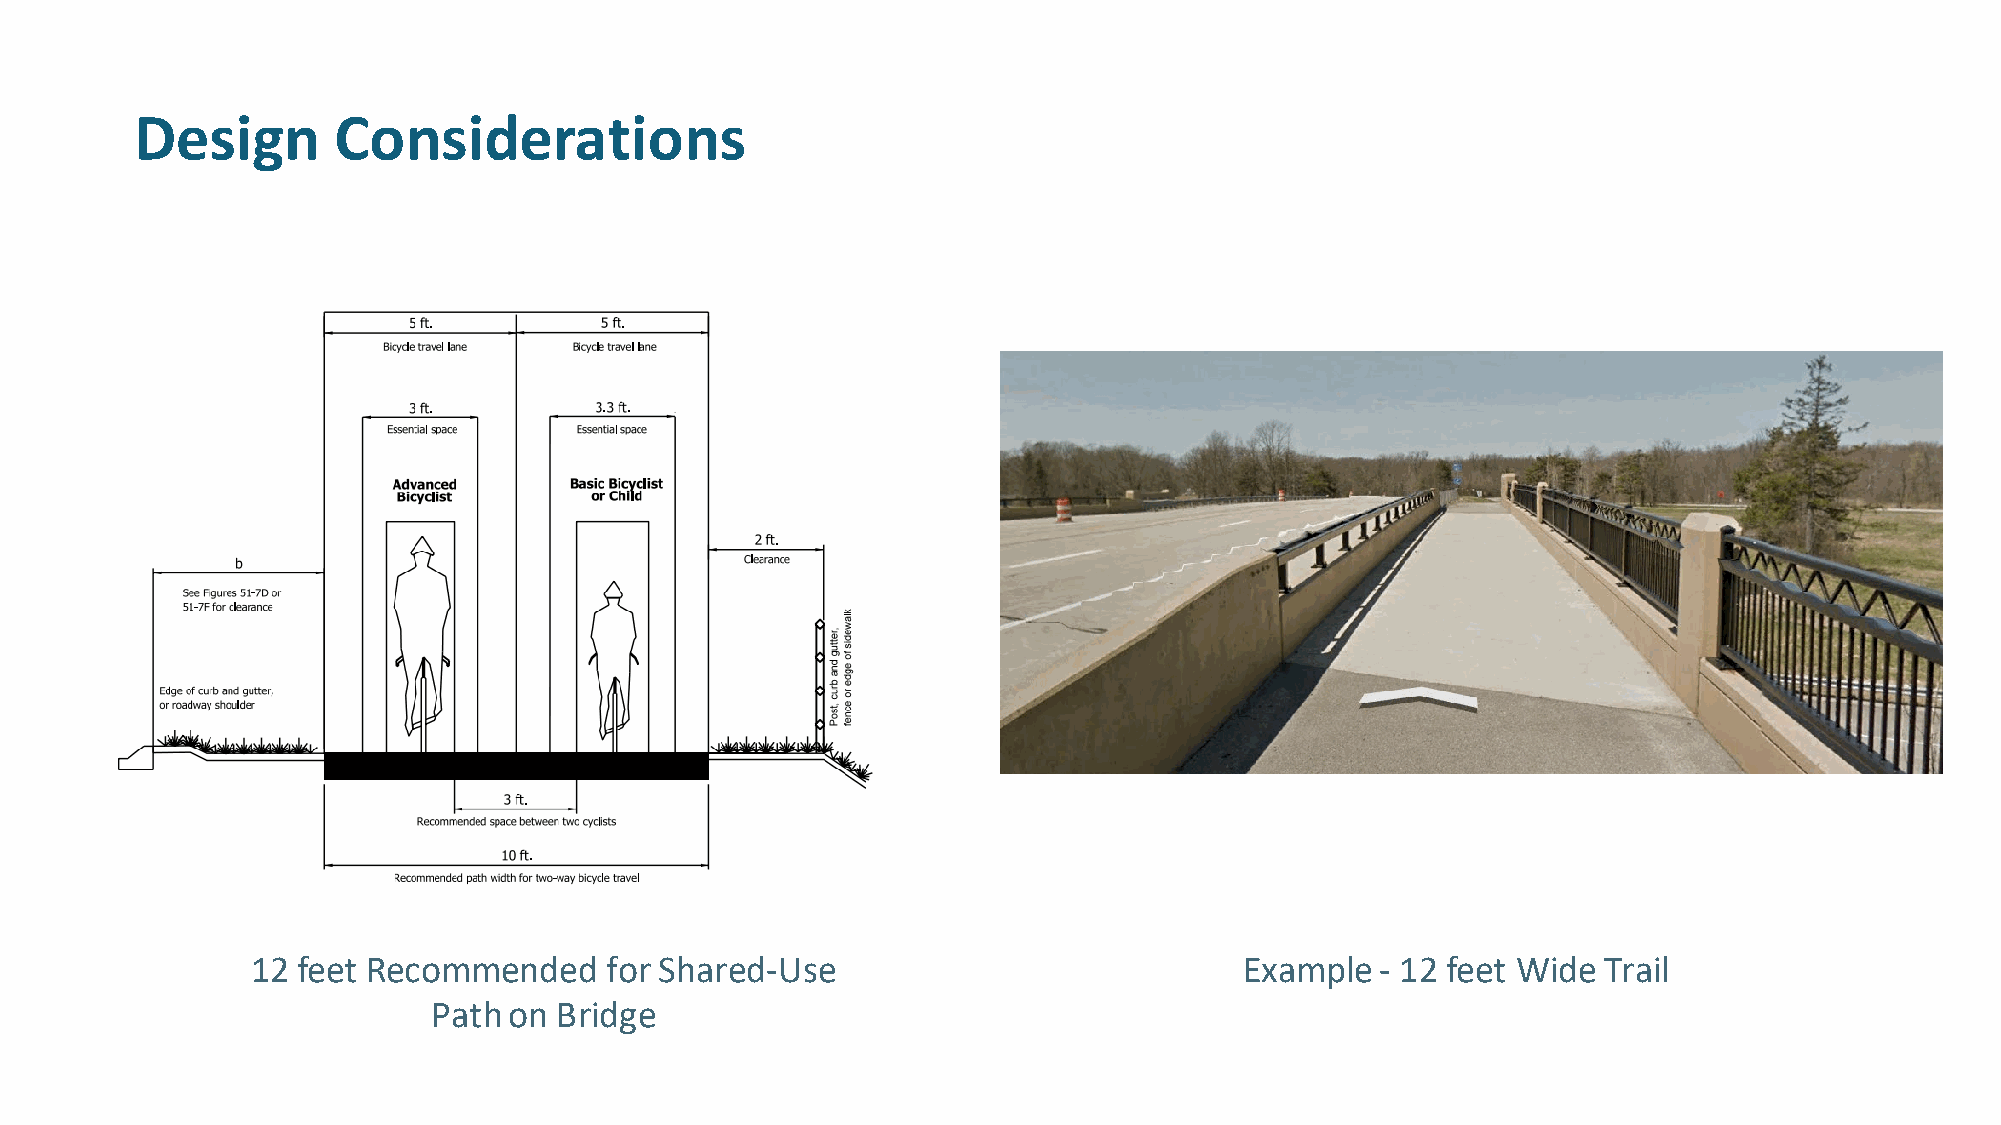
Design       Considerations
 12 feet Recommended    for Shared-Use                            Example  - 12 feet Wide Trail
 Path on Bridge